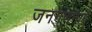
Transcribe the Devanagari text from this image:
जनगणनाएँ